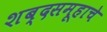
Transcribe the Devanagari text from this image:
शब्दसमूहाचे